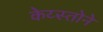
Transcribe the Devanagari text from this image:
केय्स्तोने